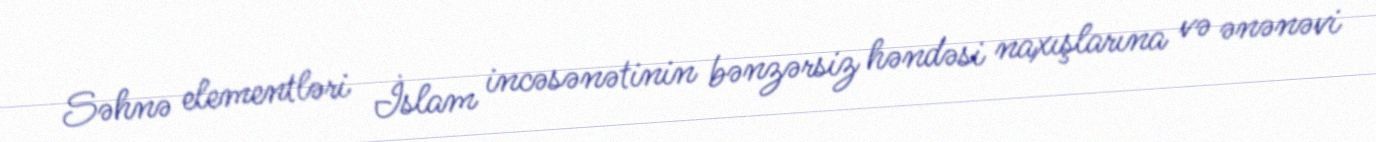
Səhnə elementləri İslam incəsənətinin bənzərsiz həndəsi naxışlarına və ənənəvi